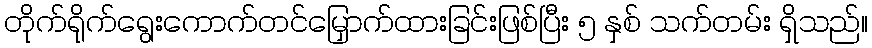
တိုက်ရိုက်ရွေးကောက်တင်မြှောက်ထားခြင်းဖြစ်ပြီး ၅ နှစ် သက်တမ်း ရှိသည်။